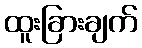
ထူးခြားချက်